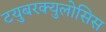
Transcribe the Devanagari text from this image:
टयुबरक्युलोसिस